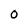
Character: 0